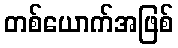
တစ်ယောက်အဖြစ်